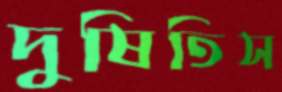
দুষিতিস